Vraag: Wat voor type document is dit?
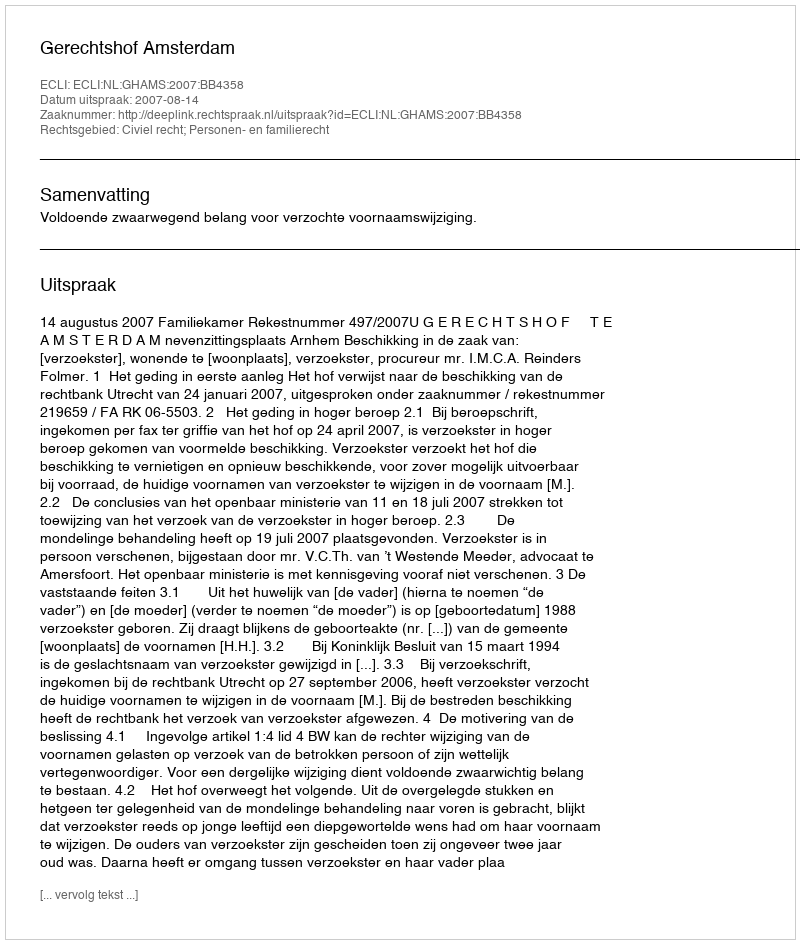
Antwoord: Uitspraak